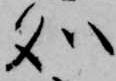
処